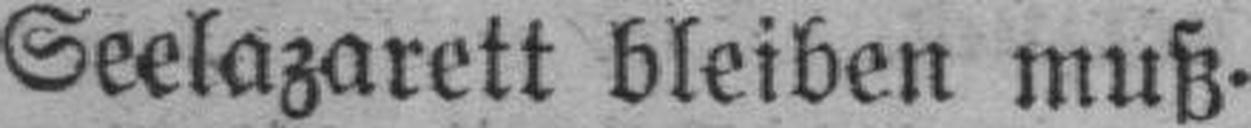
Seelazarett bleiben muß.